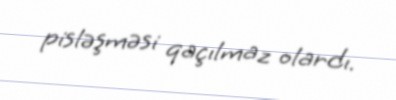
pisləşməsi qaçılmaz olardı.